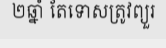
២ឆ្នាំ តែទោសត្រូវព្យួរ